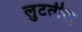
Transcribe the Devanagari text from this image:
लुटतील